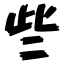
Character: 些